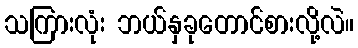
သကြားလုံး ဘယ်နှခုတောင်စားလို့လဲ။